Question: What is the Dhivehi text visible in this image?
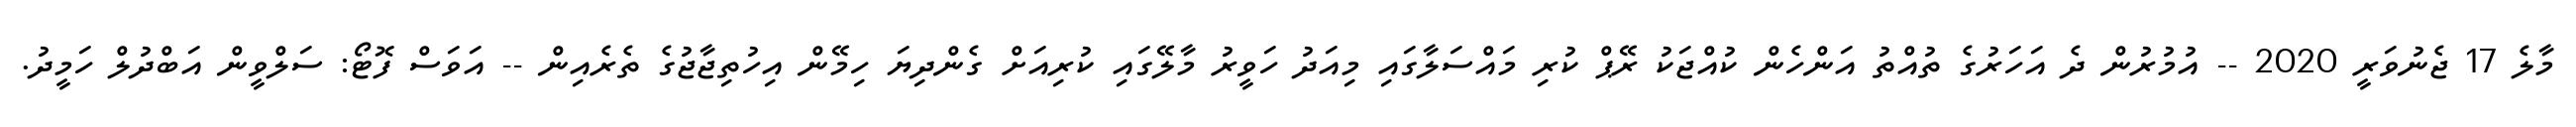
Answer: މާލެ 17 ޖެނުވަރީ 2020 -- އުމުރުން ދެ އަހަރުގެ ތުއްތު އަންހެން ކުއްޖަކު ރޭޕް ކުރި މައްސަލާގައި މިއަދު ހަވީރު މާލޭގައި ކުރިއަށް ގެންދިޔަ ހިމޭން އިހުތިޖާޖުގެ ތެރެއިން -- އަވަސް ފޮޓޯ: ސަލްވީން އަބްދުލް ހަމީދު.